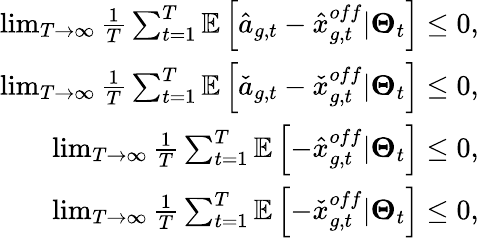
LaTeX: \begin{array}{r}{\operatorname*{lim}_{T\rightarrow\infty}\frac{1}{T}\sum_{t=1}^{T}\mathbb{E}\left[\hat{a}_{g,t}-\hat{x}_{g,t}^{off}|\boldsymbol{\Theta}_{t}\right]\leq 0,}\\ {\operatorname*{lim}_{T\rightarrow\infty}\frac{1}{T}\sum_{t=1}^{T}\mathbb{E}\left[\check{a}_{g,t}-\check{x}_{g,t}^{off}|\boldsymbol{\Theta}_{t}\right]\leq 0,}\\ {\operatorname*{lim}_{T\rightarrow\infty}\frac{1}{T}\sum_{t=1}^{T}\mathbb{E}\left[-\hat{x}_{g,t}^{off}|\boldsymbol{\Theta}_{t}\right]\leq 0,}\\ {\operatorname*{lim}_{T\rightarrow\infty}\frac{1}{T}\sum_{t=1}^{T}\mathbb{E}\left[-\check{x}_{g,t}^{off}|\boldsymbol{\Theta}_{t}\right]\leq 0,}\end{array}